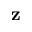
\mathbf { z }